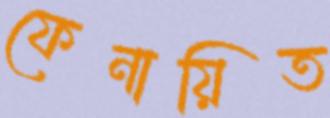
ফেনায়িত